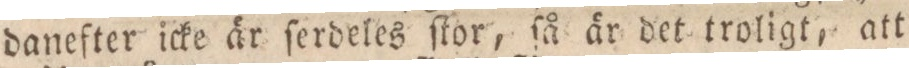
danefter icke är ſerdeles ſtor, ſå är det troligt, att